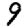
Digit: 9